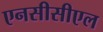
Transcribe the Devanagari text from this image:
एनसीसीएल